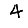
Digit: 4